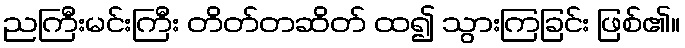
ညကြီးမင်းကြီး တိတ်တဆိတ် ထ၍ သွားကြခြင်း ဖြစ်၏။